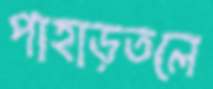
পাহাড়তলে